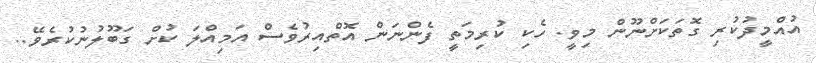
އުއްމީދުކުރި ގޮތަކަށްނޫން މިވީ. ހެކި ކުރިމަތީ ފެންނަން އޮތްއިރުވެސް އަމިއްލަ ކުށް ގަބޫލުނުކުރެވޭ..